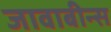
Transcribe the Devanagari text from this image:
जावाबीन्स